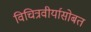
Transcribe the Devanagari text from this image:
विचित्रवीर्यासोबत